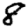
Digit: 8